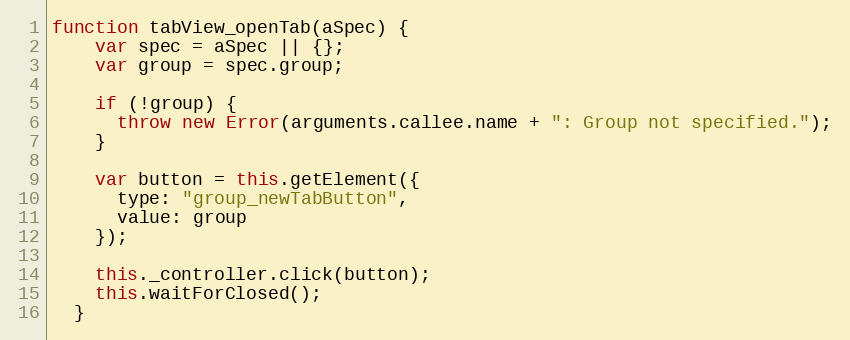
Language: JavaScript
function tabView_openTab(aSpec) {
    var spec = aSpec || {};
    var group = spec.group;

    if (!group) {
      throw new Error(arguments.callee.name + ": Group not specified.");
    }

    var button = this.getElement({
      type: "group_newTabButton",
      value: group
    });

    this._controller.click(button);
    this.waitForClosed();
  }